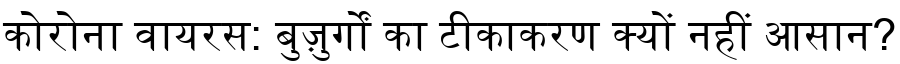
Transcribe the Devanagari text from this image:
कोरोना वायरस: बुज़ुर्गों का टीकाकरण क्यों नहीं आसान?